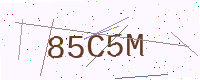
Text: 85C5M